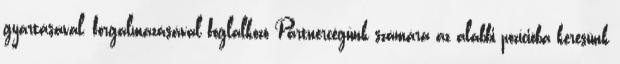
gyártásával, forgalmazásával foglalkozó Partnercégünk számára az alábbi pozícióba keresünk